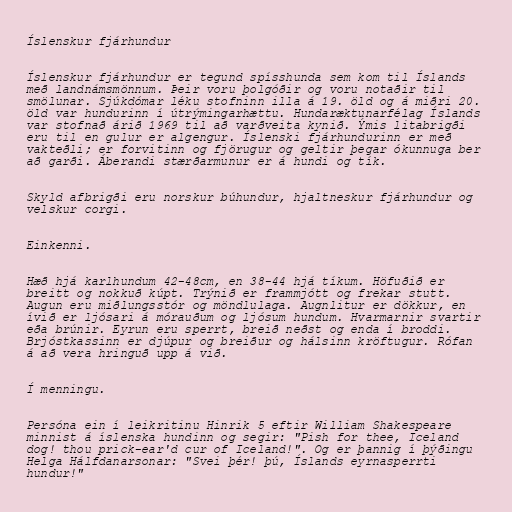
Íslenskur fjárhundur

Íslenskur fjárhundur er tegund spísshunda sem kom til Íslands
með landnámsmönnum. Þeir voru þolgóðir og voru notaðir til
smölunar. Sjúkdómar léku stofninn illa á 19. öld og á miðri 20.
öld var hundurinn í útrýmingarhættu. Hundaræktunarfélag Íslands
var stofnað árið 1969 til að varðveita kynið. Ýmis litabrigði
eru til en gulur er algengur. Íslenski fjárhundurinn er með
vakteðli; er forvitinn og fjörugur og geltir þegar ókunnuga ber
að garði. Áberandi stærðarmunur er á hundi og tík.

Skyld afbrigði eru norskur búhundur, hjaltneskur fjárhundur og
velskur corgi.

Einkenni.

Hæð hjá karlhundum 42-48cm, en 38-44 hjá tíkum. Höfuðið er
breitt og nokkuð kúpt. Trýnið er frammjótt og frekar stutt.
Augun eru miðlungsstór og möndlulaga. Augnlitur er dökkur, en
ívið er ljósari á mórauðum og ljósum hundum. Hvarmarnir svartir
eða brúnir. Eyrun eru sperrt, breið neðst og enda í broddi.
Brjóstkassinn er djúpur og breiður og hálsinn kröftugur. Rófan
á að vera hringuð upp á við.

Í menningu.

Persóna ein í leikritinu Hinrik 5 eftir William Shakespeare
minnist á íslenska hundinn og segir: "Pish for thee, Iceland
dog! thou prick-ear'd cur of Iceland!". Og er þannig í þýðingu
Helga Hálfdanarsonar: "Svei þér! þú, Íslands eyrnasperrti
hundur!"